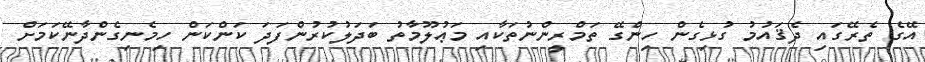
އޭގެ ތެރޭގައި ދެޤައުމު ގުޅިގެން ހިންގޭ ތަމްރީންނުތަކާއި މަޢުލޫމާތު ބަދަލުކުރުންފަދަ ކަންކަން ހިމެނިގެންދާނޭކަމަށް